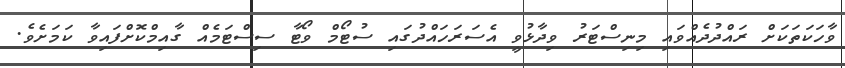
ވާހަކަތަކަށް ރައްދުދެއްވައި މިނިސްޓަރު ވިދާޅުވީ އެސަރަހައްދުގައި ސުޓޯމް ވޯޓާ ސިސްޓަމެއް ގާއިމްކޮށްފައިވާ ކަމަށެވެ.